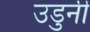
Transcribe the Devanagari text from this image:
उडुनी